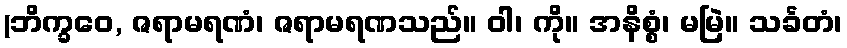
(ဘိက္ခဝေ, ဇရာမရဏံ၊ ဇရာမရဏသည်။ ဝါ၊ ကို။ အနိစ္စံ၊ မမြဲ။ သင်္ခတံ၊